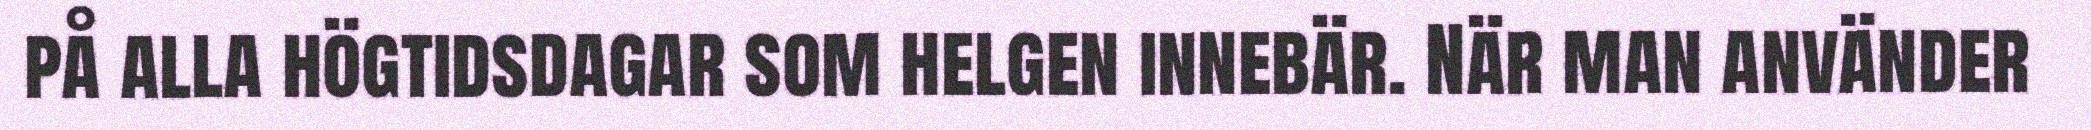
på alla högtidsdagar som helgen innebär. När man använder